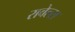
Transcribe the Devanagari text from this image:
रावेल्स